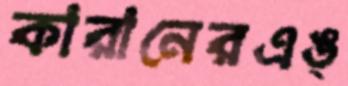
কারানেরএঙ্